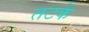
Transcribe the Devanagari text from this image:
तटके